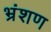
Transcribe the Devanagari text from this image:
भ्रंशण